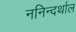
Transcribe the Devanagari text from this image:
ननिन्दर्थाल